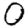
Digit: 0